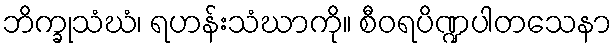
ဘိက္ခုသံဃံ၊ ရဟန်းသံဃာကို။ စီဝရပိဏ္ဍပါတသေနာ